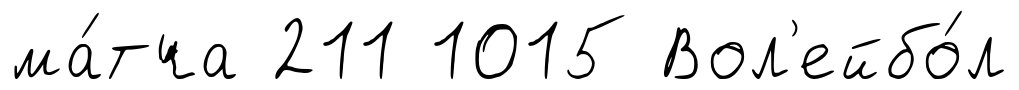
ма́тча 211 1015 Вол'ейбо́л